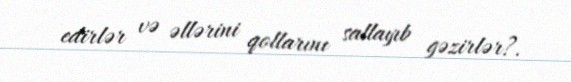
edirlər və əllərini qollarını sallayıb gəzirlər?.